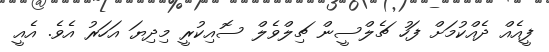
ފީއެއް ދެއްކުމަށް ފަހު ޗެލްސީން ޗިލްވެލް ސޮއިކުރީ މިދިޔަ އަހަރު އެވެ. އެއީ